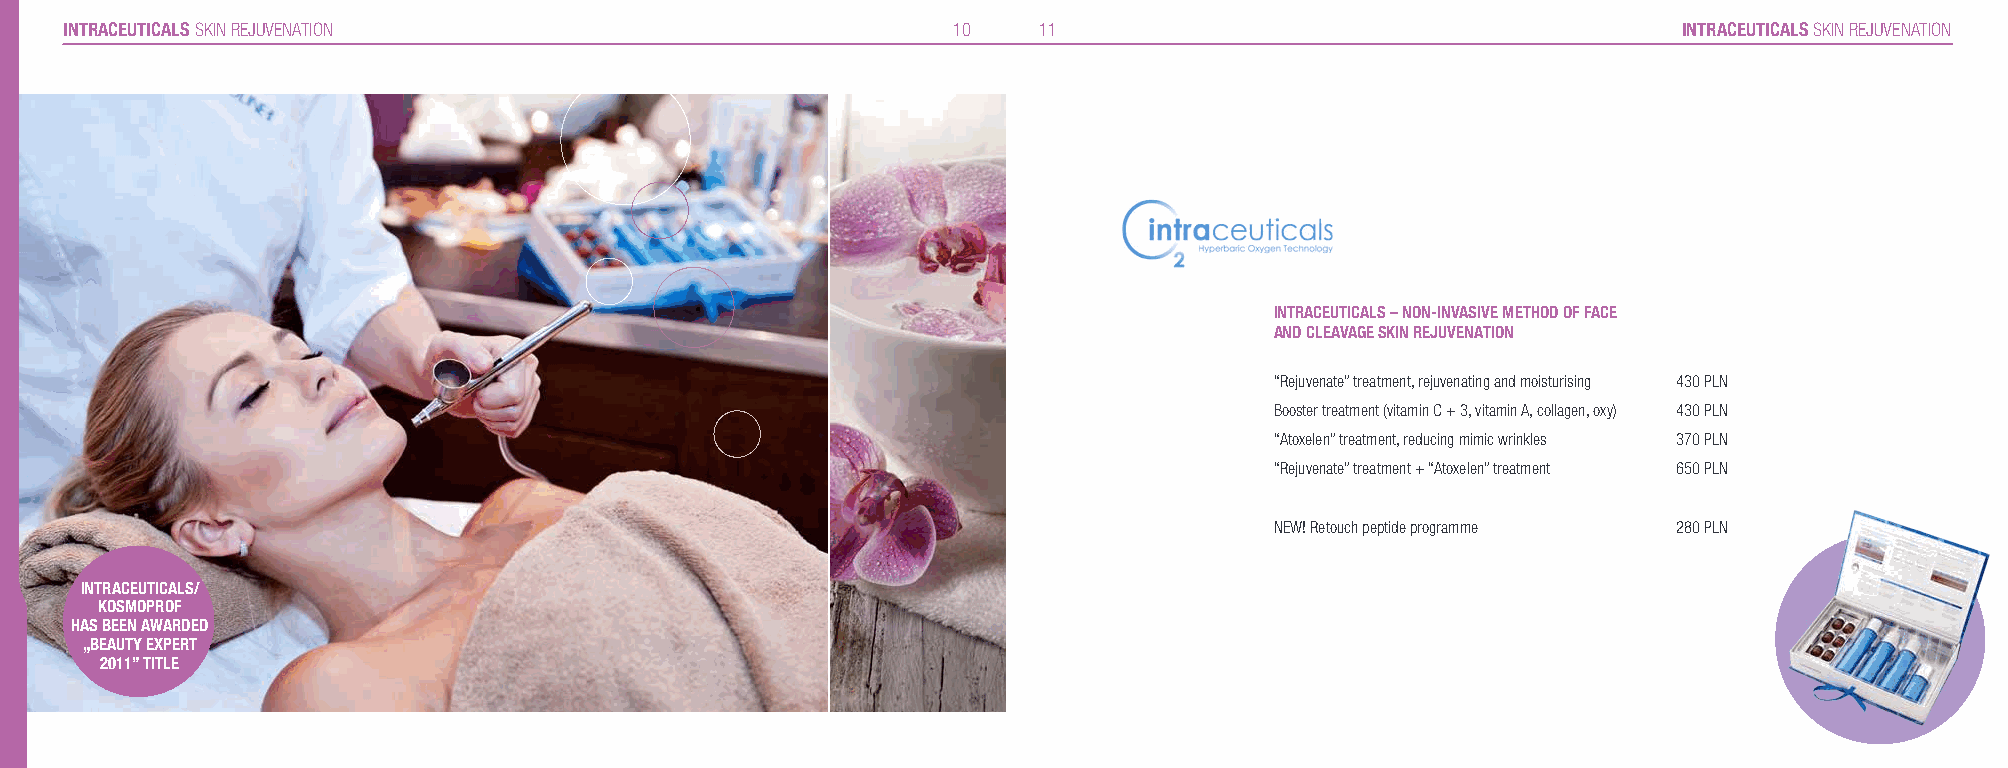
INTRACEUTICALS SKIN REJUVENATION                           10    11                                        INTRACEUTICALS SKIN REJUVENATION
 INTRACEUTICALS – NON-INVASIVE METHOD OF FACE
 AND CLEAVAGE SKIN REJUVENATION
 “Rejuvenate” treatment, rejuvenating and moisturising 430 PLN
 Booster treatment (vitamin C + 3, vitamin A, collagen, oxy) 430 PLN
 “Atoxelen” treatment, reducing mimic wrinkles 370 PLN
 “Rejuvenate” treatment + “Atoxelen” treatment 650 PLN
 NEW! Retouch peptide programme 280 PLN
 INTRACEUTICALS/
 KOSMOPROF
 HAS BEEN AWARDED
 „BEAUTY EXPERT
 2011” TITLE